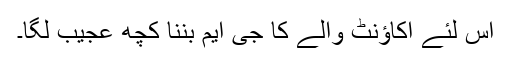
اس لئے اکاؤنٹ والے کا جی ایم بننا کچھ عجیب لگا۔